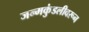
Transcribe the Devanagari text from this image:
जन्मकुंडलीवरून